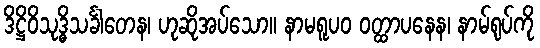
ဒိဋ္ဌိဝိသုဒ္ဓိသင်္ခါတေန၊ ဟုဆိုအပ်သော။ နာမရူပဝ ဝတ္ထာပနေန၊ နာမ်ရုပ်ကို